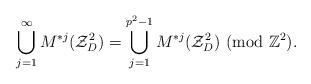
LaTeX: \begin{align*}\bigcup_{j=1}^{\infty}M^{*j}(\mathcal{Z}_{D}^2)=\bigcup_{j=1}^{p^2-1}M^{*j}(\mathcal{Z}_{D}^2) \ ({\rm{mod} } \ \mathbb{Z}^2).\end{align*}